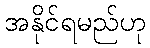
အနိုင်ရမည်ဟု